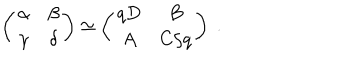
LaTeX: \left( \begin{array} { c c } { { \alpha } } & { { \beta } } \\ { { \gamma } } & { { \delta } } \\ \end{array} \right) \simeq \left( \begin{array} { c c } { { q D } } & { { B } } \\ { { A } } & { { C / q } } \\ \end{array} \right) \; .